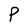
Character: P